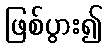
ဖြစ်ပွား၍